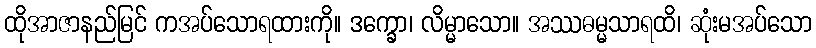
ထိုအာဇာနည်မြင် ကအပ်သောရထားကို။ ဒက္ခော၊ လိမ္မာသော။ အဿဓမ္မသာရထိ၊ ဆုံးမအပ်သော